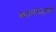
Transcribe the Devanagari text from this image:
कलमदाने